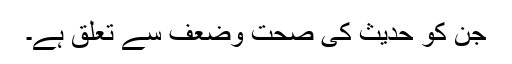
جن کو حدیث کی صحت وضعف سے تعلق ہے۔